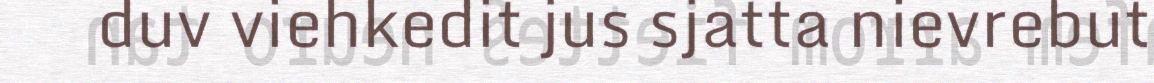
duv viehkedit jus sjatta nievrebut